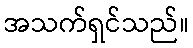
အသက်ရှင်သည်။